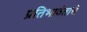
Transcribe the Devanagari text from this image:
प्रतिभावंताचे